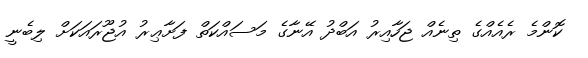
ކޮންމެ ރެއެއްގެ ތިނެއް ޖަހާއިރު އަބްދު އޭނާގެ މަސައްކަތް ފަށާޢިރު އުޖޫރައަކަށް ލިބެނީ